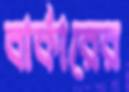
বার্কারের